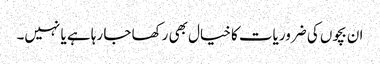
ان بچوں کی ضروریات کا خیال بھی رکھا جا رہا ہے یا نہیں۔